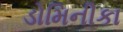
ડોમિનીકા